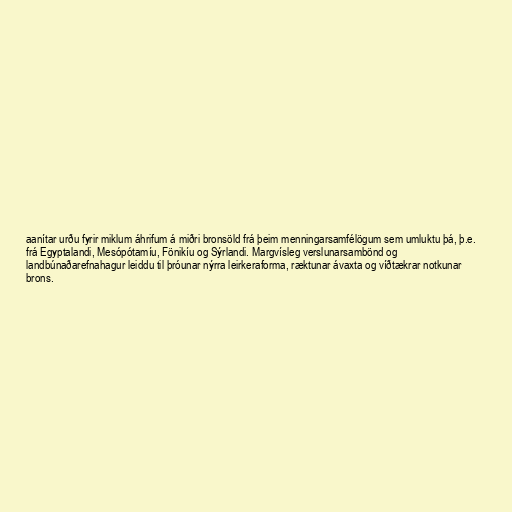
aanítar urðu fyrir miklum áhrifum á miðri bronsöld frá þeim menningarsamfélögum sem umluktu þá, þ.e.
frá Egyptalandi, Mesópótamíu, Fönikíu og Sýrlandi. Margvísleg verslunarsambönd og
landbúnaðarefnahagur leiddu til þróunar nýrra leirkeraforma, ræktunar ávaxta og víðtækrar notkunar
brons.